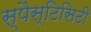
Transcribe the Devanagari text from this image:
स्पैस्टिसिटी